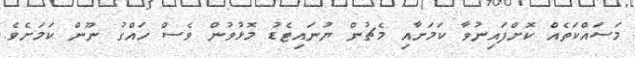
މަސައްކަތެއް ކޮށްފައިނުވާ ކަމަށާއި މެޗުން ޔުނައިޓެޑު މޮޅުވުން ވެސް ހައްގު ނޫން ކަމަށެވެ.